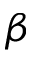
\beta